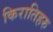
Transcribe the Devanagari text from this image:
किरातिहरु